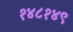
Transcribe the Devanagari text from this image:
१४८१४९